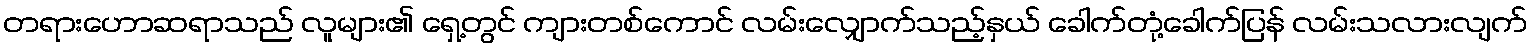
တရားဟောဆရာသည် လူများ၏ ရှေ့တွင် ကျားတစ်ကောင် လမ်းလျှောက်သည့်နှယ် ခေါက်တုံ့ခေါက်ပြန် လမ်းသလားလျက်